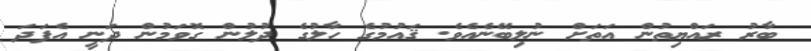
ބާރު ރައްޔިތުން އަތަށް ނުލިބޭނެއެވެ. ޤައުމުގެ ހާލުގެ ދުލުން ގޮވަމުން ދަނީ އެފަދަ